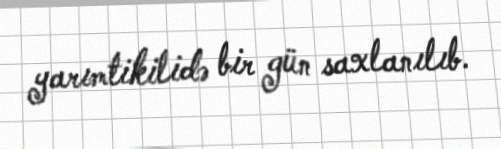
yarımtikilidə bir gün saxlanılıb.